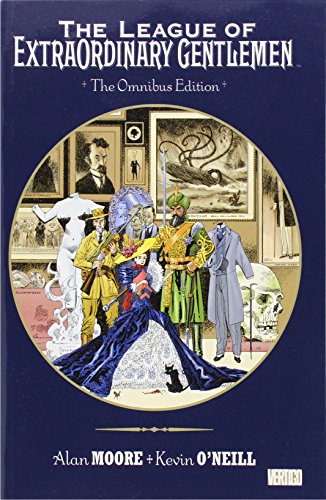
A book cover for The League of Extraordinary Gentlemen Omnibus; Alan Moore; Comics & Graphic Novels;